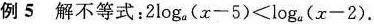
例5 解不等式： $$2\log_{a}(x-5)<\log_{a}(x-2)$$.